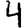
Digit: 4